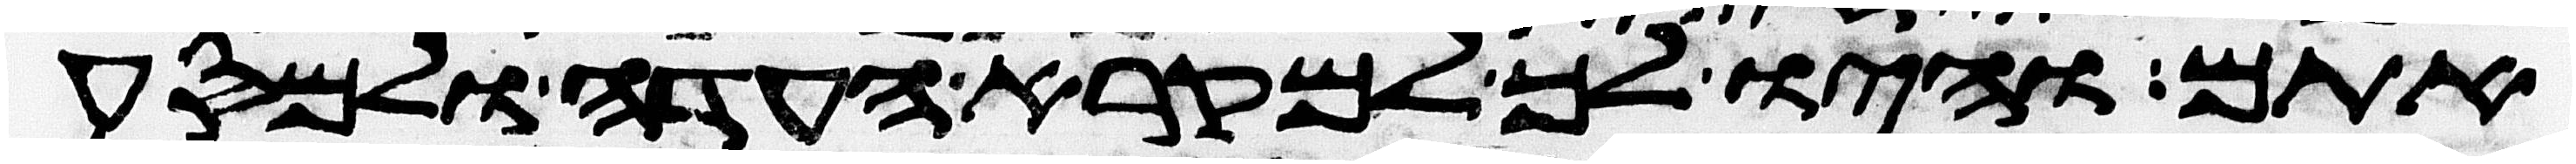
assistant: אתם והיו לך למקרא העדה ולמסע